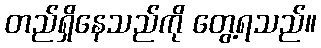
တည်ရှိနေသည်ကို တွေ့ရသည်။